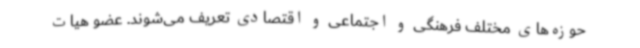
حوزه‌های مختلف فرهنگی و اجتماعی و اقتصادی تعریف می‌شوند. عضو هیات